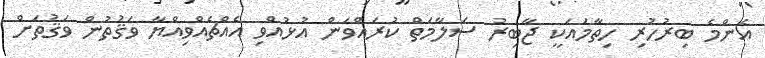
އެންމެ ބިރުހުރި ހިތާމައަކީ ޖާބިރު ސަލާމަތް ކުރައްވަން އުޅުއްވި އެއްޗެއްވިއްޔާ ވަޤުތުން ވަޤުތަށް